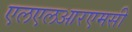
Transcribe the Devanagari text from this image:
एलएलआरएमसी